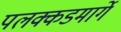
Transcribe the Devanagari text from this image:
पलक्कडमार्गे